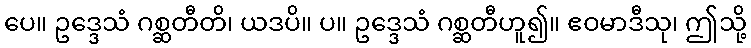
ပေ။ ဥဒ္ဒေသံ ဂစ္ဆတီတိ၊ ယဒပိ။ ပ။ ဥဒ္ဒေသံ ဂစ္ဆတီဟူ၍။ ဧဝမာဒီသု၊ ဤသို့